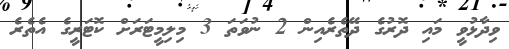
ވިދާޅުވީ މައި ދޮރުގެ ދޭތެރެއިން 2 ނުވަތަ 3 މިލިމީޓަރަށް ކޮޓަރީގެ އެތެރެ